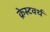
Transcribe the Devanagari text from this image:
क्रेस्टवर्थ